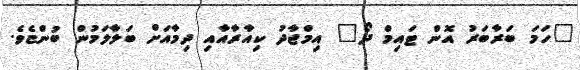
"ހަމަ ބަރާބަރު އޮން ޓައިމް ދޯ" އިމްޖާދު ކިއާރާއާއި ދިމާއަށް ބަލާލަމުން ބުންޏެވެ.